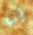
أنها